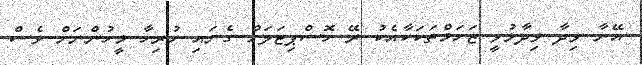
އޭނާ ވިދާ ވިދާޅުވީ ޒަހަމްތަކަކާއެކު ރޭ ހޮސްޕިޓަލަށް ގެނައި ހުރިހާ މީހުންނަށް ވެސް